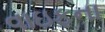
વાઇફના